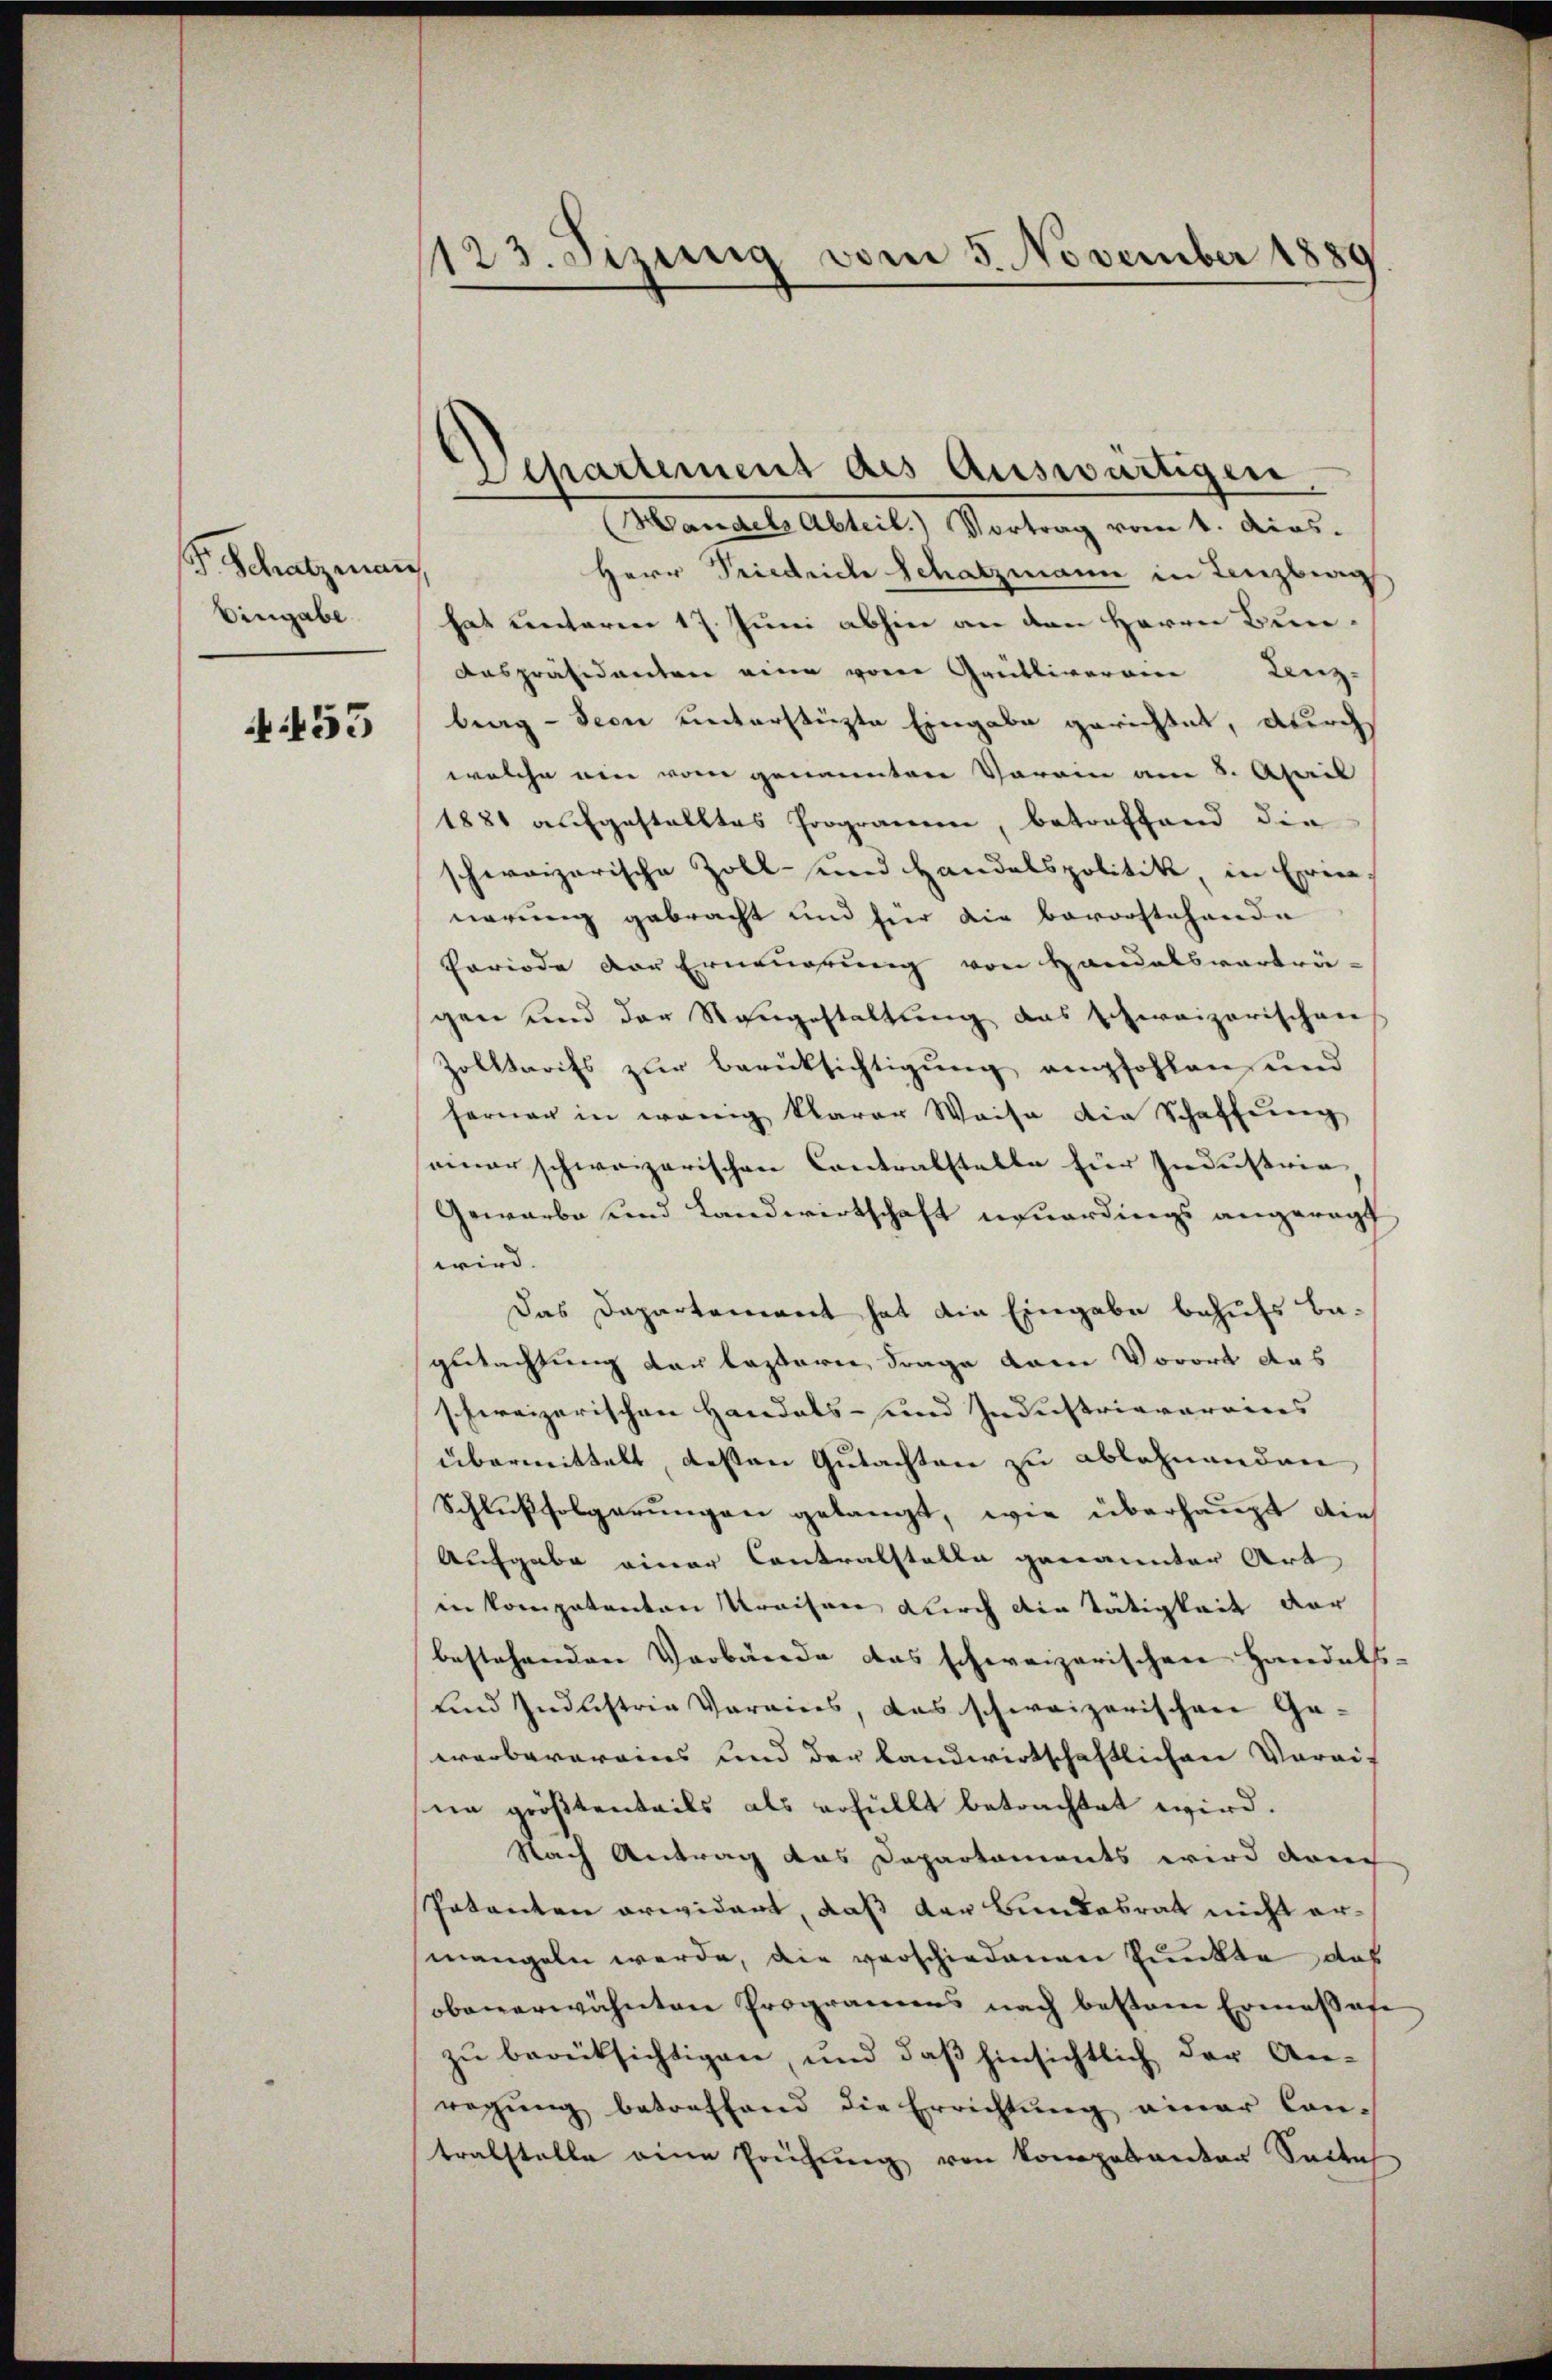
Fr. Schatzman
Eingabe

A 455

1123. Sizung vom 5. November 1889

Departement des Auswärtiger
Handels Abteil. Vortrag vom 1. Aios.
Herr Friedrich Schatzmann in Lenzburg
hat unterm 17. Juni abhin an den Herrn Bun¬
Auspräsidenten eine von Grütliverein Lenz-
brag - Seon unterstüzte Eingabe gerichtet, durch
welche ein vom genannten Verein am 8. April
1881 aufgestelltes Programen, betreffend die
schweizerische Zoll- und Handelspolitik in Erinn
nerung gebracht und für die bevorstehende
Periode der Erneuerung von Handelsverträ-
gen und der Sangestaltung das schweizerischen
Zolltarifs zur Berüksichtigung empfohlen, und
ferner in wenig klarer Weise die Schaffŭng
seiner schweizerischen Contralstelle für Industrie,
Gewarbe und Landwirtschaft neuerdings angeregt
wird.
Das Departement hat die Eingabe behufs Bagutachtung der lasseren Frage dem Vorort das
schweizerischen Handels- und Industrievereines |
übermittelt, besten Gutachten zu ablehnenden
Schlußfolgerungen gelangt, wie überhaupt die
Aufgabe einer Contralstalle genannter Art
in kompetenten Kreisen durch die Tätigkeit der
bestehenden Verbände das schweizerischen Handels-
und Industrie Vereins, das schweizerischen Ge-
warbarereins und der Landwirtschaftlichen Vereit
ne größtenteils als erfüllt betrachtet wird.
Nach Antrag das Departements wird dann
Patenten erwidert, daß der Bundesrat nicht ermangeln werde, die verschiedenen Punkte, daß
oben erwähnten Programens nach bester Ermassere
zu berücksichtigen, und daß hinsichtlich der An-
regŭng betreffend die Errichtung einer Con-
tralstelle eine Prüfung von Kompetenten Sade